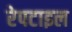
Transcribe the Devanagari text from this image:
रेपटाइल